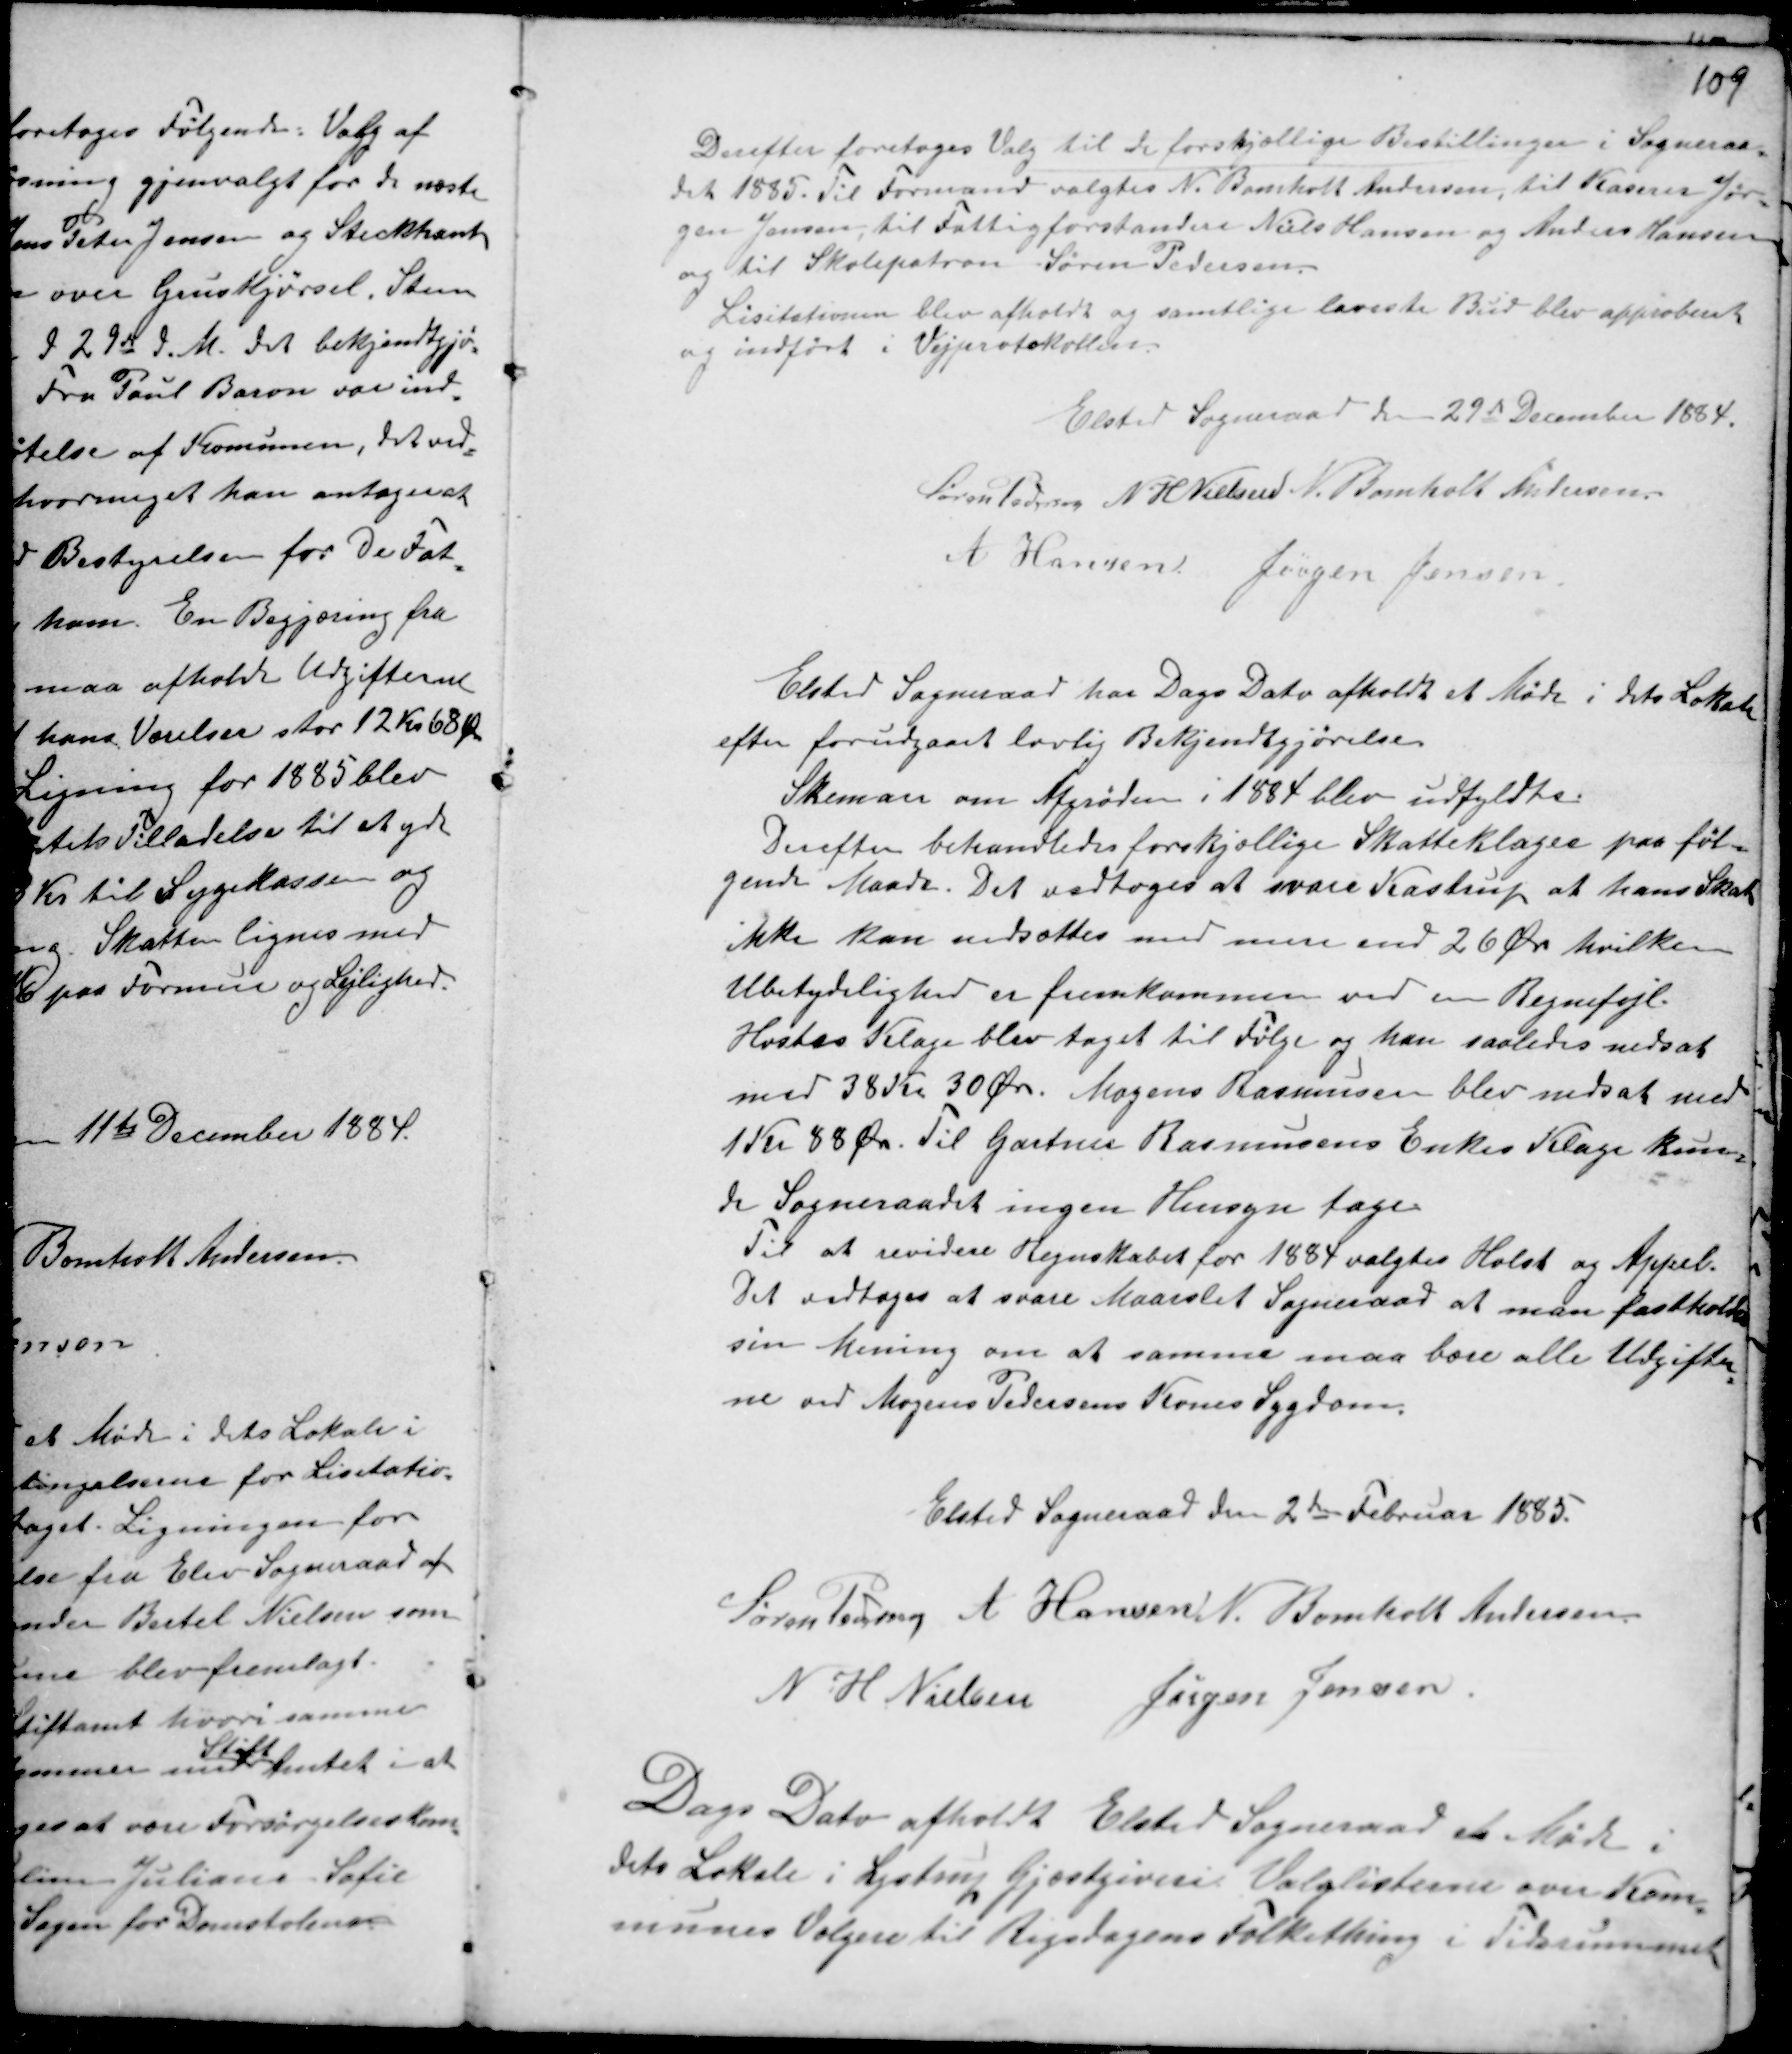
Transskription:
Derefter foretoges Valg til de forskjellige Bestillinger i Sogneraa-
det 1885. Til Formand valgtes N. Bomholt Andersen, til Kaserer Jør-
gen Jensen, til Fattigforstandere Niels Hansen og Anders Hansen
og til Skolepatron Søren Pedersen.
Lisitationen blev afholdt og samtlige laveste Bud blev approberet
og indført i Vejprotokollen.
Elsted Sogneraad den 29de December 1884.
Søren Pedersen N HNielsen N. Bomholt Andersen.
A Hansen Jørgen Jensen

Elsted Sogneraad har Dags Dato afholdt et Møde i dets Lokale
efter forudgaaet lovlig Bekjendtgjørelse.
Skemaer om Afgrøden i 1884 blev udfyldts.
Derefter behandledes forskjellige Skatteklager paa føl-
gende Maade. Det vedtoges at svare Kastrup at hans Skat
ikke kan nedsættes med mere end 26 Øre hvilken
Ubetydelighed er fremkommen ved en Regnefejl.
Hosbes Klage blev taget til Følge og han saaledes nedsat
med 38 Kr 30 Øre. Mogens Rasmussen blev nedsat med
1 Kr 88 Øre. Til Gartner Rasmussens Enkes Klage kun-
de Sogneraadet ingen Hensyn tage.
Til at revidere Regnskabet for 1884 valgtes Holst og Appel.
Det vedtoges at svare Maarslet Sogneraad at man fastholder
sin Mening om at samme maa bære alle Udgifter-
ne ved Mogens Pedersens Kones Sygdom.

Elsted Sogneraad den 2de Februar 1885.
Søren Pedersen A Hansen N. Bomholt Andersen.
N H Nielsen Jørgen Jensen.

Dags Dato afholdt Elsted Sogneraad et Møde i
dets Lokale i Lystrup Gjæstgiveri. Valglisterne over Kom-
munens Vælgere til Rigsdagens Folkething i Tidsrummet